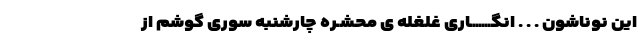
این نوناشون . . . انگـــــــاری غلغله ی محشـره چارشنبه سوری گوشم از